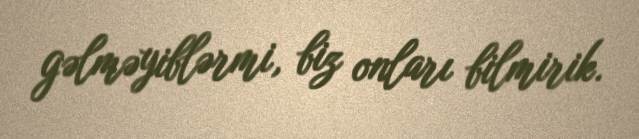
gəlməyiblərmi, biz onları bilmirik.